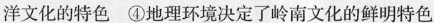
洋文化的特色 ④地理环境决定了岭南文化的鲜明特色